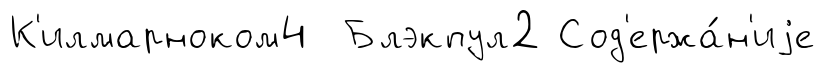
К'илмарноком4 Блэкпул2 Сод'ержа́н'иjе